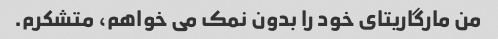
من مارگاریتای خود را بدون نمک می خواهم، متشکرم.